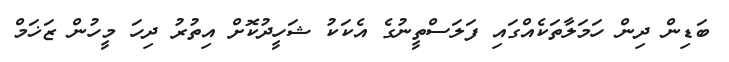
ބަޑިން ދިން ހަމަލާތަކެއްގައި ފަލަސްތީނުގެ އެކަކު ޝަހީދުކޮށް އިތުރު ދިހަ މީހުން ޒަޚަމް